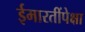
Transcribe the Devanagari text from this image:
ईमारतींपेक्षा